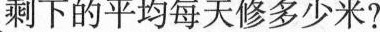
剩下的平均每天修多少米?)